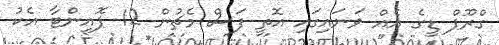
ގްރޫޕް ޑީގެ އެއް ވަނައިގައި އޮތީ ފަސް މެޗުން 12 ޕޮއިންޓާ އެކު